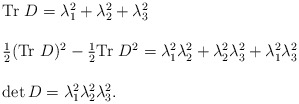
\begin{align*}\begin{array}{l}{\rm Tr}~ D = \lambda_1^2+\lambda_2^2+\lambda_3^2 \\ \\\frac{1}{2}({\rm Tr}~ D)^2 - \frac{1}{2}{\rm Tr}~ D^2 =\lambda_1^2\lambda_2^2+\lambda_2^2\lambda_3^2+\lambda_1^2\lambda_3^2\\ \\\det D = \lambda_1^2 \lambda_2^2 \lambda_3^2.\end{array}\end{align*}